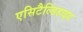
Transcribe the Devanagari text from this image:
एसिटैल्डिहाइड